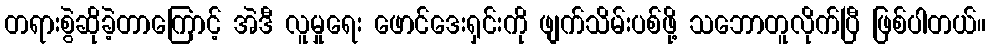
တရားစွဲဆိုခဲ့တာကြောင့် အဲဒီ လူမှုရေး ဖောင်ဒေးရှင်းကို ဖျက်သိမ်းပစ်ဖို့ သဘောတူလိုက်ပြီ ဖြစ်ပါတယ်။